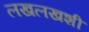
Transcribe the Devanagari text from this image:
लखलखशी